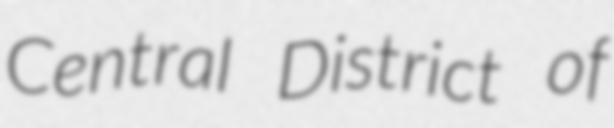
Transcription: Central District of